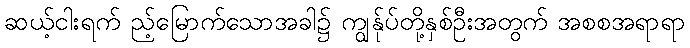
ဆယ့်ငါးရက် ည့်မြောက်သောအခါ၌ ကျွန်ုပ်တို့နှစ်ဦးအတွက် အစစအရာရာ